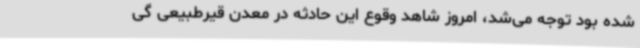
شده بود توجه می‌شد، امروز شاهد وقوع این حادثه در معدن قیرطبیعی گی